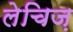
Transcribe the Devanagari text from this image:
लेचिज़